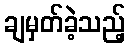
ချမှတ်ခဲ့သည့်